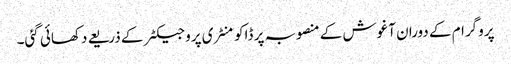
پروگرام کے دوران آغوش کے منصوبہ پر ڈاکومنٹری پروجیکٹر کے ذریعے دکھائی گئی۔